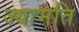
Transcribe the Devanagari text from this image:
ज्यामति